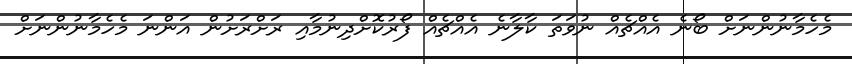
މެހެމާނުންނަށް ބޯނެ އެއްޗެއް ނުވަތަ ކާލާނެ އެއްޗެއް ފޯރުކޮށްދިނުމާއި ރަށްރަށުން އަންނަ މެހެމާނުންނަށް